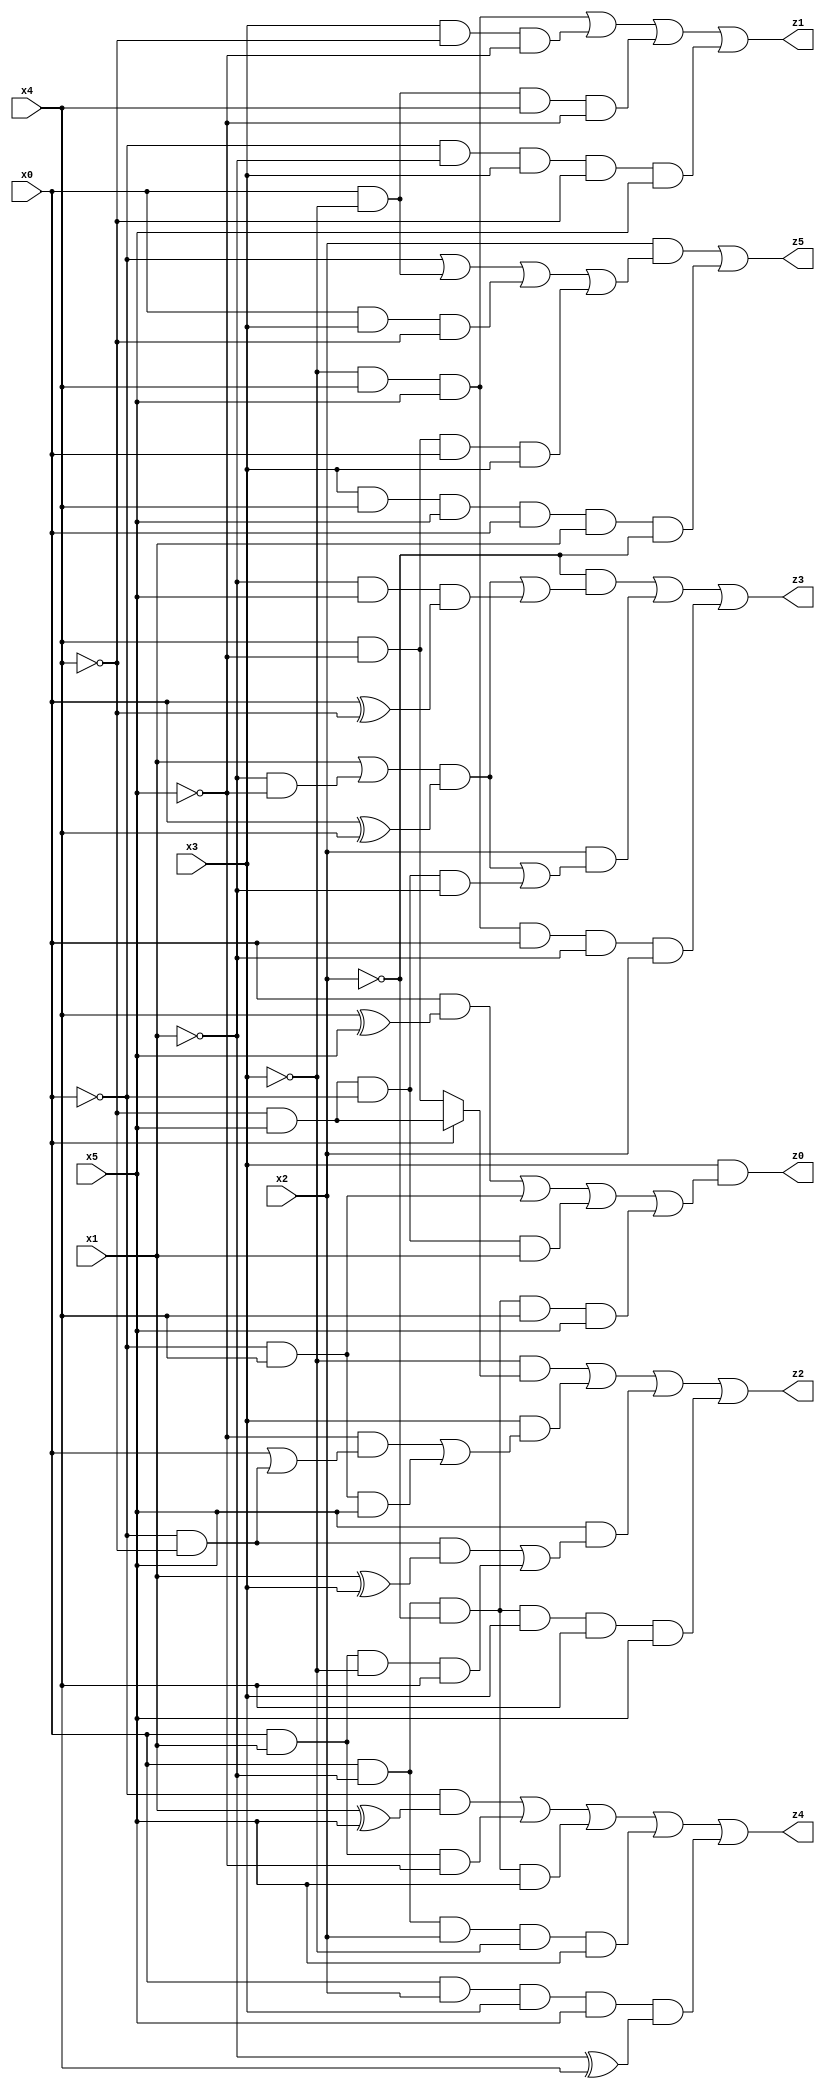
// Benchmark "X_58" written by ABC on Thu Jun 29 03:20:48 2023

module X_58 ( 
    x0, x1, x2, x3, x4, x5,
    z0, z1, z2, z3, z4, z5  );
  input  x0, x1, x2, x3, x4, x5;
  output z0, z1, z2, z3, z4, z5;
  assign z0 = x3 & ((x0 & (x4 ^ x5)) | (~x0 & x4) | (~x4 & x5 & ~x0 & x1) | (x0 & ~x1 & ~x2 & x4 & x5));
  assign z1 = (~x3 & x4 & x5) | (x3 & ~x4 & ~x5) | (x0 & ~x3 & x4 & ~x5) | (~x0 & ~x1 & x3 & ~x4 & x5);
  assign z2 = (~x3 & (x0 ? (~x4 & x5) : (x4 & ~x5))) | (x3 & ((~x5 & (x0 | (~x0 & ~x4))) | (~x0 & x4 & x5))) | (x5 & ((~x0 & ~x4 & (x1 ^ x3)) | (x0 & x1 & ~x3 & x4))) | (x0 & ~x1 & ~x2 & x3 & x4 & x5);
  assign z3 = (~x2 & (((x1 | (~x1 & ~x5)) & (x0 ^ x4)) | (~x1 & x5 & (x0 ^ ~x4)))) | (x2 & (((x1 | (~x1 & ~x5)) & (x0 ^ x4)) | (~x4 & x5 & ~x0 & ~x1))) | (~x3 & x4 & x5 & x0 & ~x1 & x2);
  assign z4 = (~x0 & (x1 ^ x5)) | (x0 & x1 & ~x5) | (x0 & ~x1 & ~x2 & x5) | (x0 & ~x1 & x2 & ~x3 & x5) | (x0 & x2 & x3 & x5 & (~x1 ^ x4));
  assign z5 = (x2 & (~x0 | (x0 & ~x3) | (x0 & x3 & ~x4) | (x4 & ~x5 & x0 & x3))) | (x3 & x4 & x5 & x0 & x1 & ~x2);
endmodule